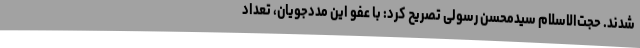
شدند. حجت‌الاسلام سیدمحسن رسولی تصریح کرد: با عفو این مددجویان، تعداد